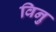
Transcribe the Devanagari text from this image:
विनु